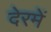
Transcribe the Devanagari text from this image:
देरमें